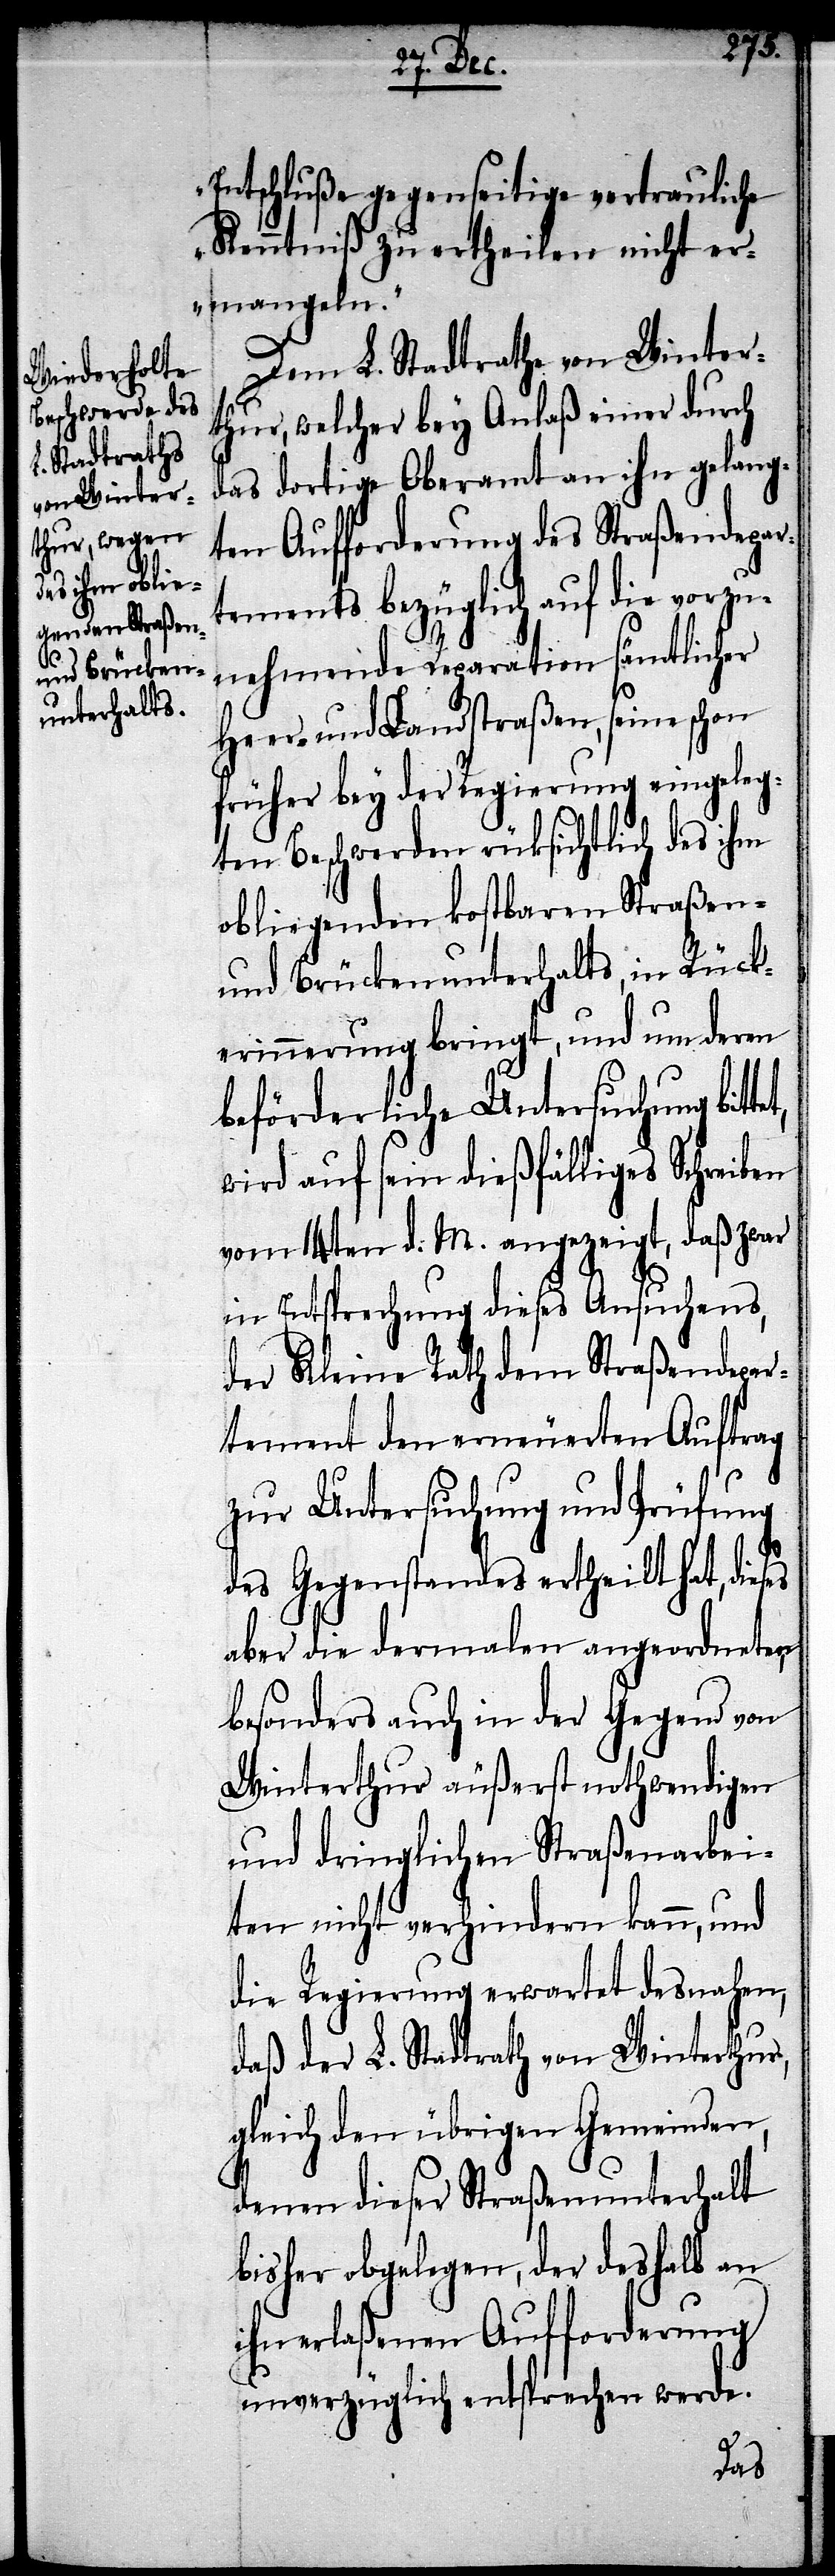
et,
Entschluße gegenseitige vertrauliche
Kenntniß zu ertheilen nicht er¬
mangeln.“
Dem L. Stadtrathe von Winter¬
thur, welcher bey Anlaß einer durch
das dortige Oberamt an ihn gelang¬
ten Aufforderung des Straßendepar¬
tements bezüglich auf die vorzu¬
nehmende Reparation sämtlicher
Heer- und Landstraßen, seine schon
früher bey der Regierung eingeleg¬
ten Beschwerden rücksichtlich des ihm
obliegenden kostbaren Straßen-
und Brückenunterhalts, in Rück¬
erinnerung bringt, und um deren
beförderliche Untersuchung bitt¬
wird auf sein dießfälliges Schreiben
vom 14ten d. M. angezeigt, daß zwar
in Entsprechung dieses Ansuchens,
der Kleine Rath dem Straßendepar¬
tement den erneuerten Auftrag
zur Untersuchung und Prüfung
des Gegenstandes ertheilt hat, die¬
aber die dermalen angeordneten
besonders auch in der Gegend von
Winterthur äußerst nothwendigen
und dringlichen Straßenarbei¬
ten nicht verhindern kann, und
die Regierung erwartet desnahen,
daß der L. Stadtrath von Winterthur,
gleich den übrigen Gemeinden,
denen dieser Straßenunterhalt
bisher obgelegen, der deshalb an
ihn erlaßenen Aufforderung
unverzüglich entsprechen werde.
ses